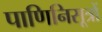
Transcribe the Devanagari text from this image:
पाणिनिसूत्रों